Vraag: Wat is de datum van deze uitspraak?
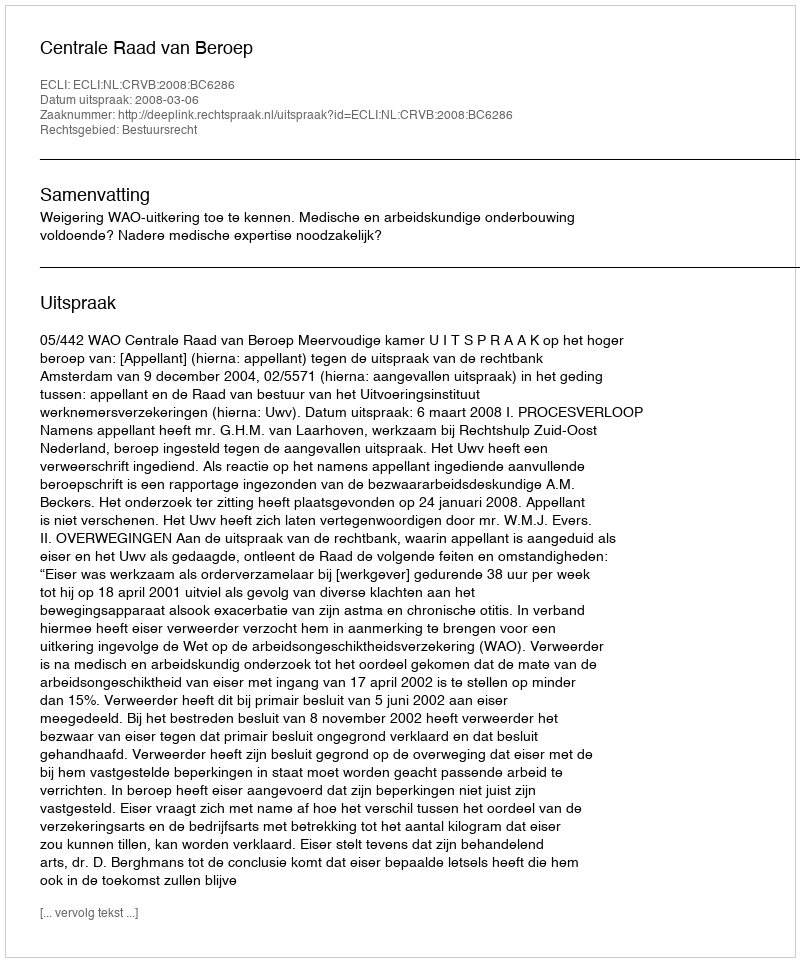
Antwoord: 2008-03-06